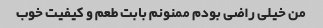
من خیلی راضی بودم ممنونم بابت طعم و کیفیت خوب